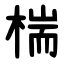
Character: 椯